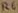
Text: R6